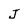
Character: j